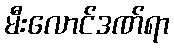
မီးလောင်ဒဏ်ရာ